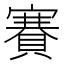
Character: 賽